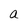
Character: a